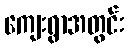
ကျေးရွာအတွင်း